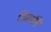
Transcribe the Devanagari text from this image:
जिलोंमे